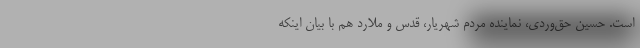
است. حسین حق‌وردی، نماینده مردم شهریار، قدس و ملارد هم با بیان اینکه